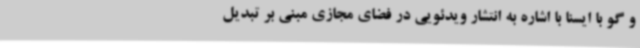
و گو با ایسنا با اشاره به انتشار ویدئویی در فضای مجازی مبنی بر تبدیل